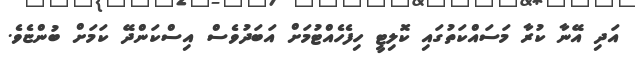
އަދި އޭނާ ކުރާ މަސައްކަތުގައި ކޮލިޓީ ހިފެހެއްޓުމަށް އަބަދުވެސް އިސްކަންދޭ ކަަމަށް ބުންޏެވެ.